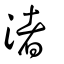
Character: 渚